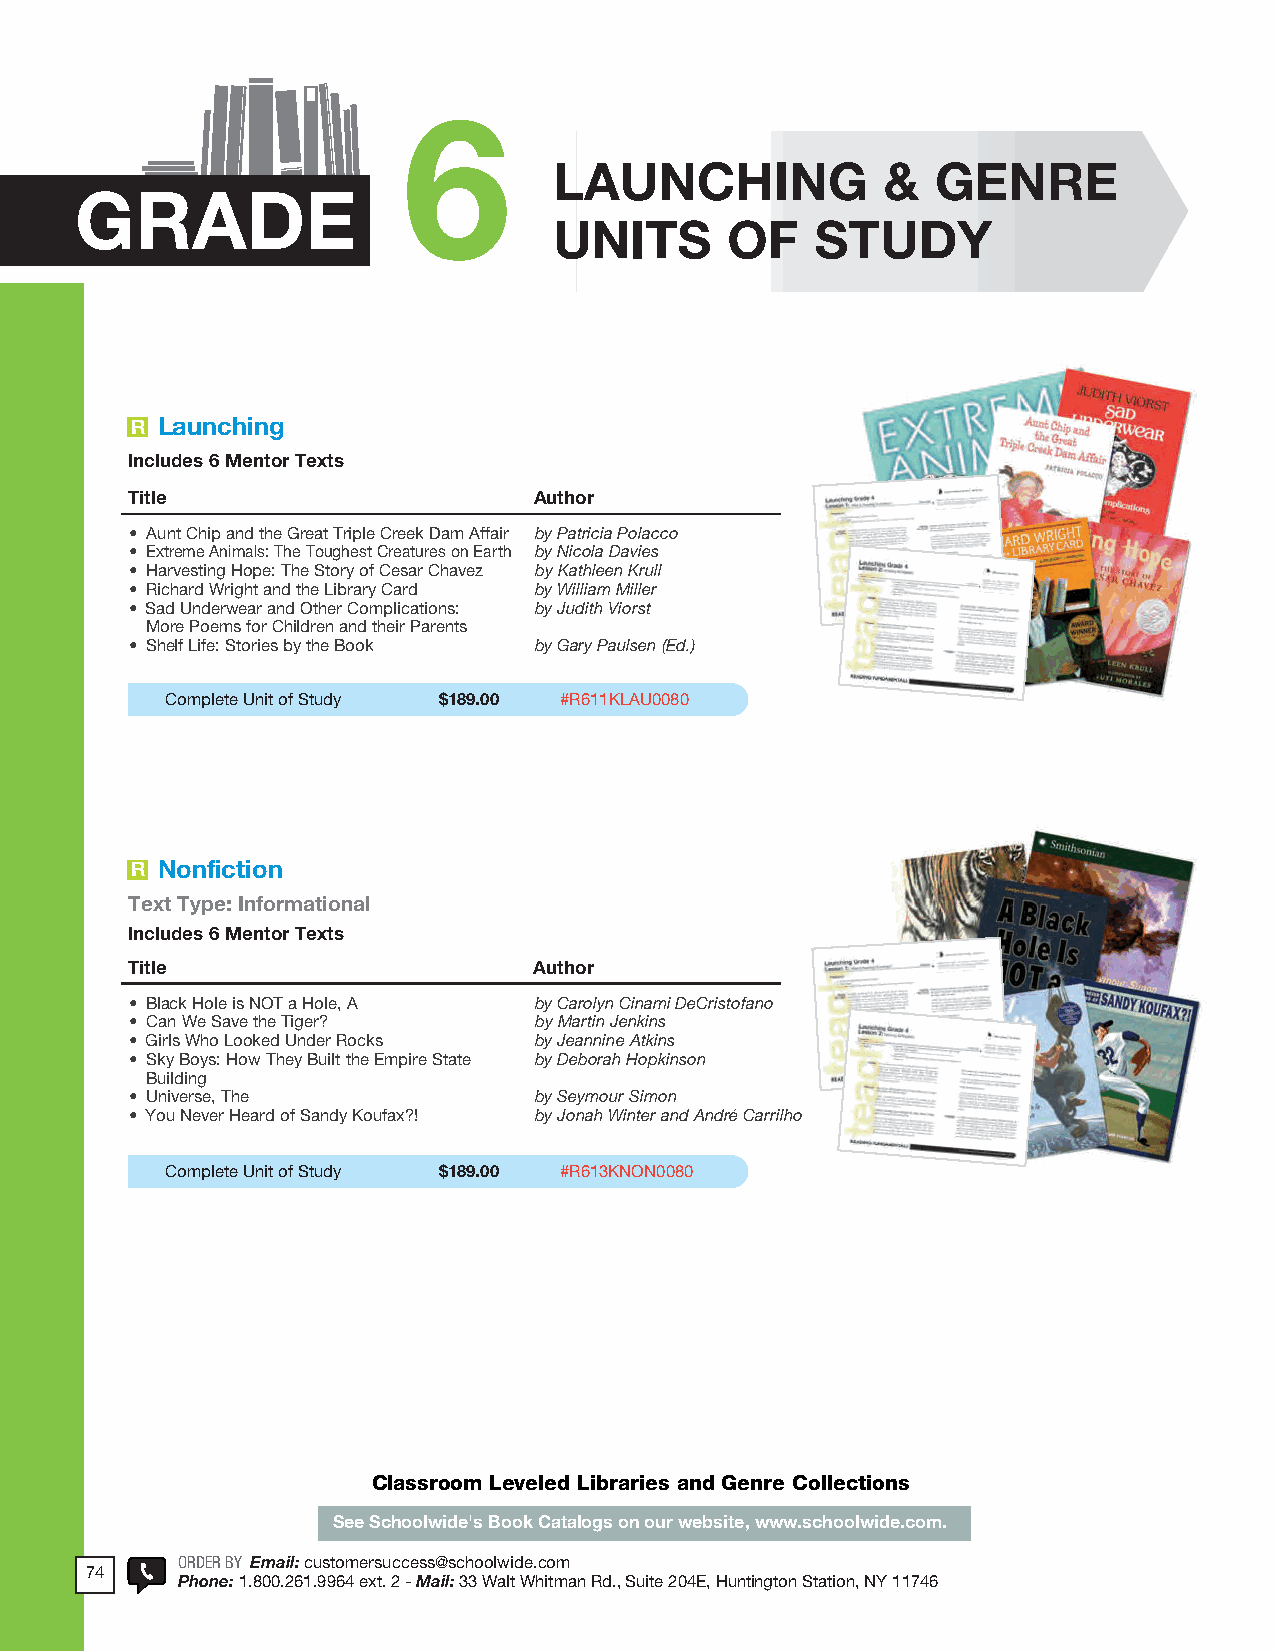
2018 ProdSamp_Layout 1 7/28/17 12:10 PM Page 200
 6
 LAUNCHING            &   GENRE
 GRADE
 UNITS      OF    STUDY
 R Launching
 Includes 6 Mentor Texts
 Title                      Author
 • Aunt Chip and the Great Triple Creek Dam Affair by Patricia Polacco
 • Extreme Animals: The Toughest Creatures on Earth by Nicola Davies
 • Harvesting Hope: The Story of Cesar Chavez by Kathleen Krull
 • Richard Wright and the Library Card by William Miller
 • Sad Underwear and Other Complications: by Judith Viorst
 More Poems for Children and their Parents
 • Shelf Life: Stories by the Book by Gary Paulsen (Ed.)
 Complete Unit of Study $189.00 #R611KLAU0080
 R Nonfiction
 Text Type: Informational
 Includes 6 Mentor Texts
 Title                      Author
 • Black Hole is NOT a Hole, A by Carolyn Cinami DeCristofano
 • Can We Save the Tiger?  by Martin Jenkins
 • Girls Who Looked Under Rocks by Jeannine Atkins
 • Sky Boys: How They Built the Empire State by Deborah Hopkinson
 Building
 • Universe, The           by Seymour Simon
 • You Never Heard of Sandy Koufax?! by Jonah Winter and André Carrilho
 Complete Unit of Study $189.00 #R613KNON0080
 Classroom Leveled Libraries and Genre Collections
 See Schoolwide's Book Catalogs on our website, www.schoolwide.com.
 ORDER BY Email: customersuccess@schoolwide .com
 74
 POhRoDnEeR :B 1Y . 8E0m0 .a2i6l:1 c .u9s9to6m4e resxertv . ic2e @- Mschaoiol:l w3id3e .Wcoamlt Whitman Rd ., Suite 204E, Huntington Station, NY 11746
 146    Phone: 1.800.261.9964 - Fax: 1.866.333.1130 - Mail: 33 Walt Whitman Rd., Suite 204E, Huntington Station, NY 11746